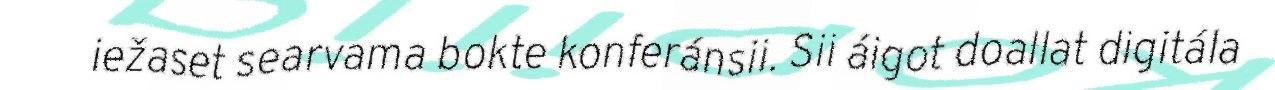
iežaset searvama bokte konferánsii. Sii áigot doallat digitála